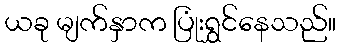
ယခု မျက်နှာက ပြုံးရွှင်နေသည်။